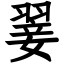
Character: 翣